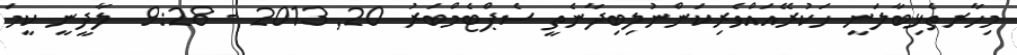
މިހާރތެޅިބާލަނީ ހަކުރޭއައްވެރިކަންނުލިބިދާނެތީ ސެޕްޓެމްބަރު 20